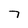
Character: 7